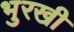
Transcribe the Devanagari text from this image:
भुरखी